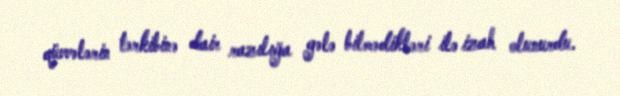
qüvvələrin tərkibinə dair razılığa gələ bilmədikləri ilə izah olunurdu.